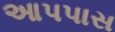
આપપાસ